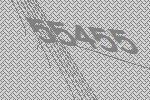
55455